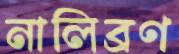
নালিব্রণ